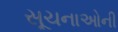
સૂચનાઓની